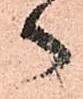
御